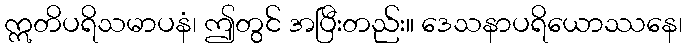
ဣတိပရိသမာပနံ၊ ဤတွင် အပြီးတည်း။ ဒေသနာပရိယောဿနေ၊